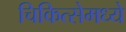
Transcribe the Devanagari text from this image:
चिकित्सेमध्ये